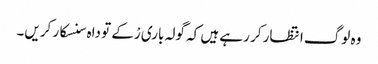
وہ لوگ انتظار کر رہے ہیں کہ گولہ باری رْکے تو داہ سنسکار کریں۔